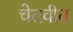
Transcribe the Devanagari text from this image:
चेतवीत